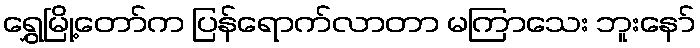
ရွှေမြို့တော်က ပြန်ရောက်လာတာ မကြာသေး ဘူးနော်